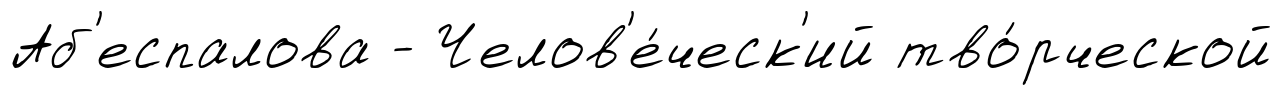
Аб'еспалова - Челов'е́ческ'ий тво́рческой